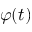
\varphi ( t )